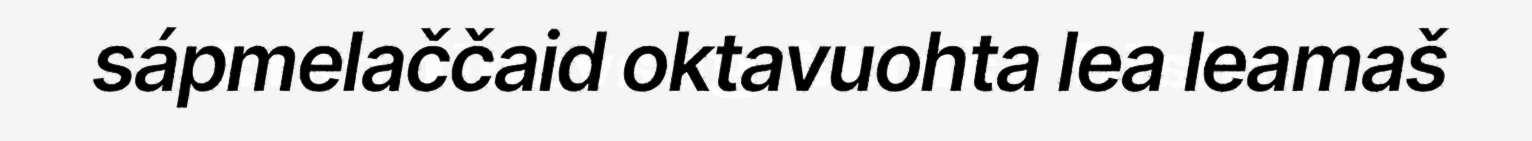
sápmelaččaid oktavuohta lea leamaš